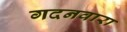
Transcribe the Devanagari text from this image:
गदनवारा